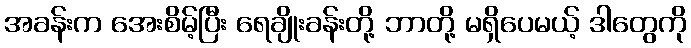
အခန်းက အေးစိမ့်ပြီး ရေချိုးခန်းတို့ ဘာတို့ မရှိပေမယ့် ဒါတွေကို